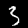
Label: 3